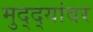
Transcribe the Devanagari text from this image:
मुद्‌द्‌यांवर